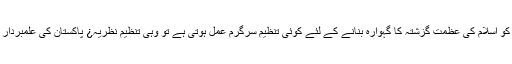
اگر پاکستان کو اسلام کی عظمتِ گزشتہ کا گہوارہ بنانے کے لئے کوئی تنظیم سرگرم عمل ہوتی ہے تو وہی تنظیم نظریہ¿ پاکستان کی علمبردار ٹھہرے گی۔